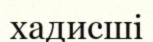
хадисші